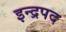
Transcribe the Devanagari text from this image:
इन्द्रपद